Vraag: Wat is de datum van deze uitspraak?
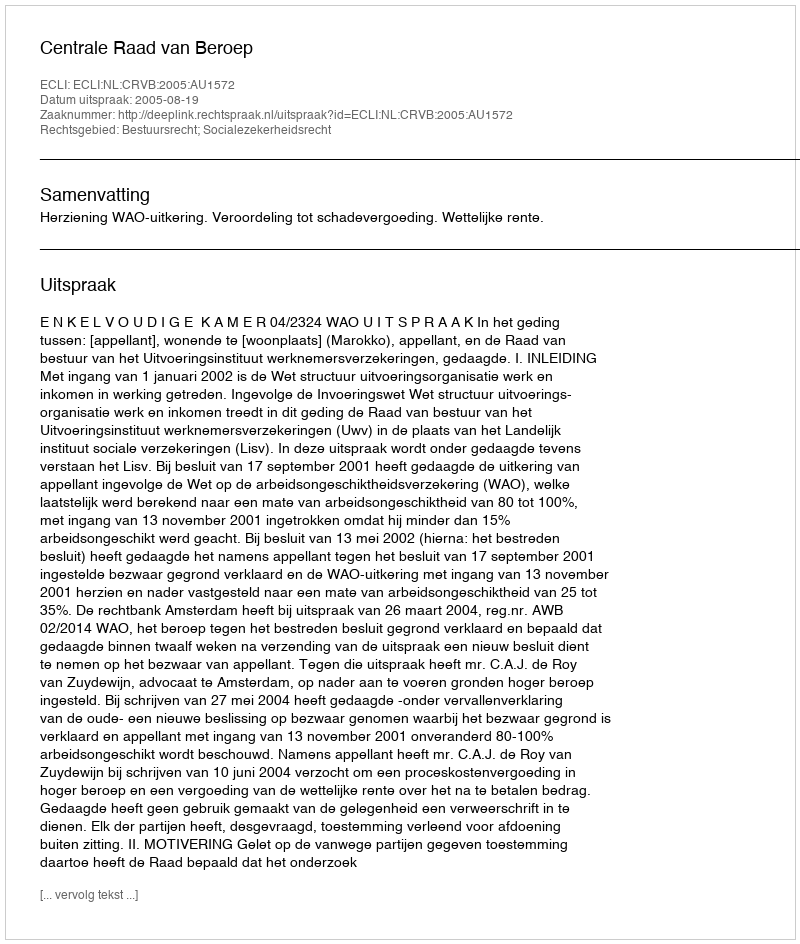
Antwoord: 2005-08-19